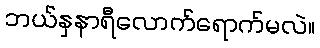
ဘယ်နှနာရီလောက်ရောက်မလဲ။